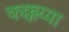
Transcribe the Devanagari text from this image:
कक्कय्या